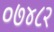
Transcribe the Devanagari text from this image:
०७४८२